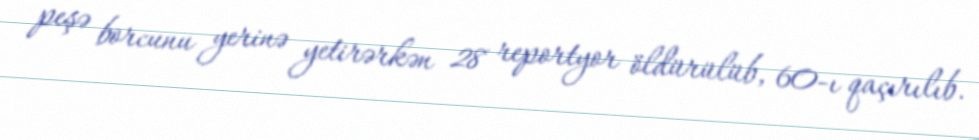
peşə borcunu yerinə yetirərkən 28 reportyor öldürülüb, 60-ı qaçırılıb.